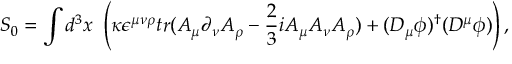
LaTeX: S _ { 0 } = \int d ^ { 3 } x ~ \left( \kappa \epsilon ^ { \mu \nu \rho } t r ( A _ { \mu } \partial _ { \nu } A _ { \rho } - \frac { 2 } { 3 } i A _ { \mu } A _ { \nu } A _ { \rho } ) + ( D _ { \mu } \phi ) ^ { \dagger } ( D ^ { \mu } \phi ) \right) ,